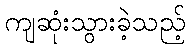
ကျဆုံးသွားခဲ့သည့်